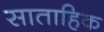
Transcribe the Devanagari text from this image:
साताहिक